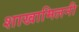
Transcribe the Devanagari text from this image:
शाखामिलनी